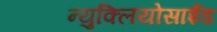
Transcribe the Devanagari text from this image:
न्युक्लियोसाईड